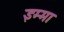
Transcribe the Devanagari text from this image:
इम्मा